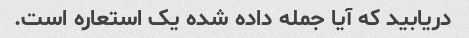
دریابید که آیا جمله داده شده یک استعاره است.